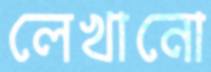
লেখানো